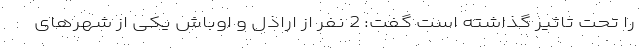
را تحت تاثیر گذاشته است گفت: 2 نفر از اراذل و اوباش یکی از شهرهای